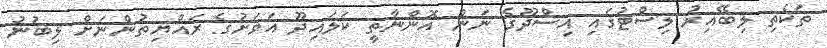
ތަކެތި ލިބޭއިރު ލިސްޓުގައި އިސްދޫގެ ނަން އޮންނާތީ ކަލައިދޫ އަވަށުގެ ރައްޔިތުންނަށް ލިބުނު